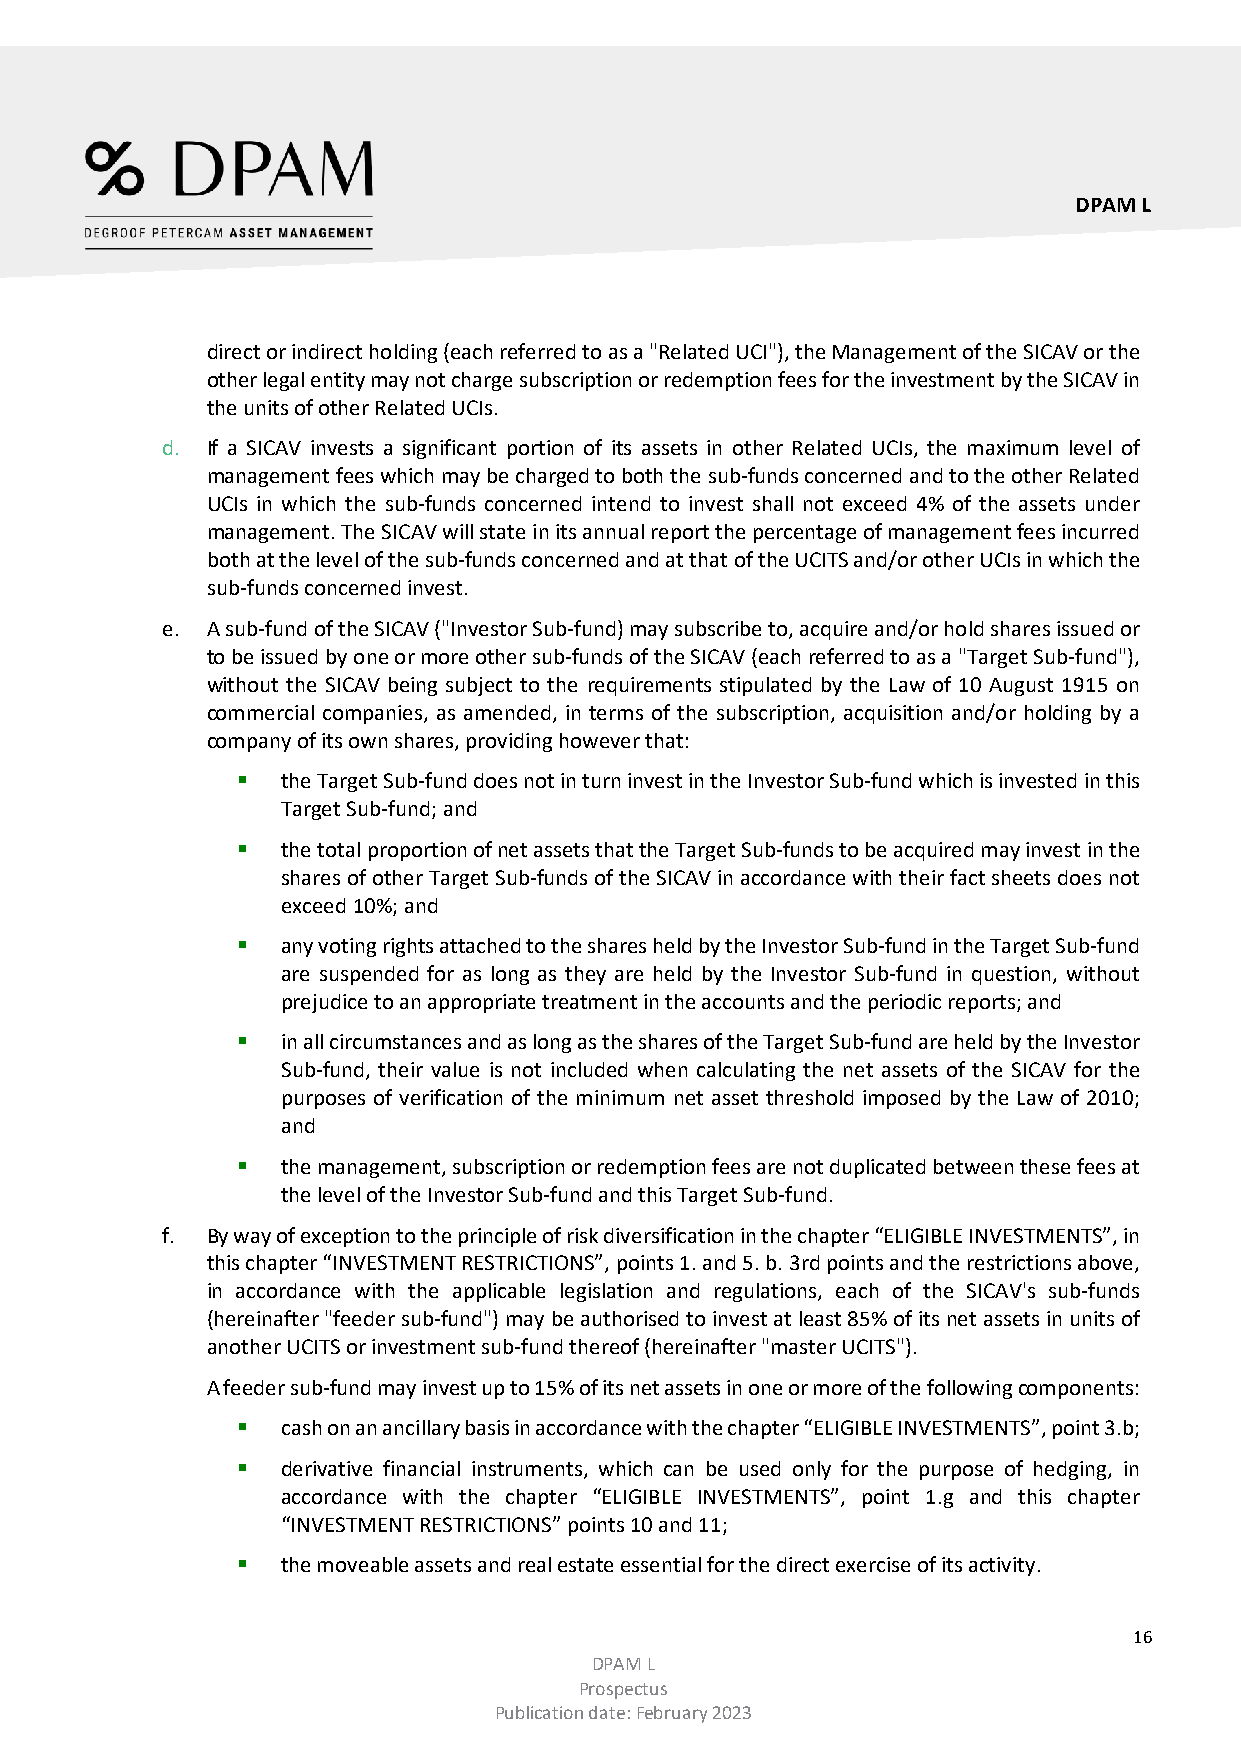
DPAM L
 direct or indirect holding (each referred to as a "Related UCI"), the Management of the SICAV or the
 other legal entity may not charge subscription or redemption fees for the investment by the SICAV in
 the units of other Related UCIs.
 d. If a SICAV invests a significant portion of its assets in other Related UCIs, the maximum level of
 management fees which may be charged to both the sub-funds concerned and to the other Related
 UCIs in which the sub-funds concerned intend to invest shall not exceed 4% of the assets under
 management. The SICAV will state in its annual report the percentage of management fees incurred
 both at the level of the sub-funds concerned and at that of the UCITS and/or other UCIs in which the
 sub-funds concerned invest.
 e. A sub-fund of the SICAV ("Investor Sub-fund) may subscribe to, acquire and/or hold shares issued or
 to be issued by one or more other sub-funds of the SICAV (each referred to as a "Target Sub-fund"),
 without the SICAV being subject to the requirements stipulated by the Law of 10 August 1915 on
 commercial companies, as amended, in terms of the subscription, acquisition and/or holding by a
 company of its own shares, providing however that:
   the Target Sub-fund does not in turn invest in the Investor Sub-fund which is invested in this
 Target Sub-fund; and
   the total proportion of net assets that the Target Sub-funds to be acquired may invest in the
 shares of other Target Sub-funds of the SICAV in accordance with their fact sheets does not
 exceed 10%; and
   any voting rights attached to the shares held by the Investor Sub-fund in the Target Sub-fund
 are suspended for as long as they are held by the Investor Sub-fund in question, without
 prejudice to an appropriate treatment in the accounts and the periodic reports; and
   in all circumstances and as long as the shares of the Target Sub-fund are held by the Investor
 Sub-fund, their value is not included when calculating the net assets of the SICAV for the
 purposes of verification of the minimum net asset threshold imposed by the Law of 2010;
 and
   the management, subscription or redemption fees are not duplicated between these fees at
 the level of the Investor Sub-fund and this Target Sub-fund.
 f. By way of exception to the principle of risk diversification in the chapter “ELIGIBLE INVESTMENTS”, in
 this chapter “INVESTMENT RESTRICTIONS”, points 1. and 5. b. 3rd points and the restrictions above,
 in accordance with the applicable legislation and regulations, each of the SICAV's sub-funds
 (hereinafter "feeder sub-fund") may be authorised to invest at least 85% of its net assets in units of
 another UCITS or investment sub-fund thereof (hereinafter "master UCITS").
 A feeder sub-fund may invest up to 15% of its net assets in one or more of the following components:
   cash on an ancillary basis in accordance with the chapter “ELIGIBLE INVESTMENTS”, point 3.b;
   derivative financial instruments, which can be used only for the purpose of hedging, in
 accordance with the chapter “ELIGIBLE INVESTMENTS”, point 1.g and this chapter
 “INVESTMENT RESTRICTIONS” points 10 and 11;
   the moveable assets and real estate essential for the direct exercise of its activity.
 16
 DPAM L
 Prospectus
 Publication date: February 2023